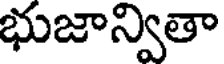
భుజాన్వితా